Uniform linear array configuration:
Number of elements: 64
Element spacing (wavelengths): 1
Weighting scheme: binomial
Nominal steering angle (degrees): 60
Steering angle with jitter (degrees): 58.728
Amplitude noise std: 0.05
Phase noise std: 0.05

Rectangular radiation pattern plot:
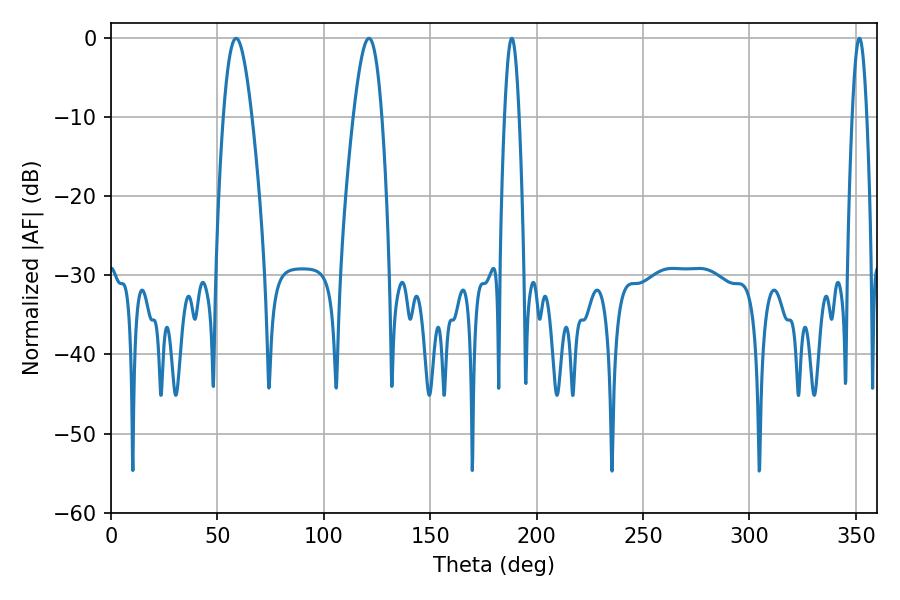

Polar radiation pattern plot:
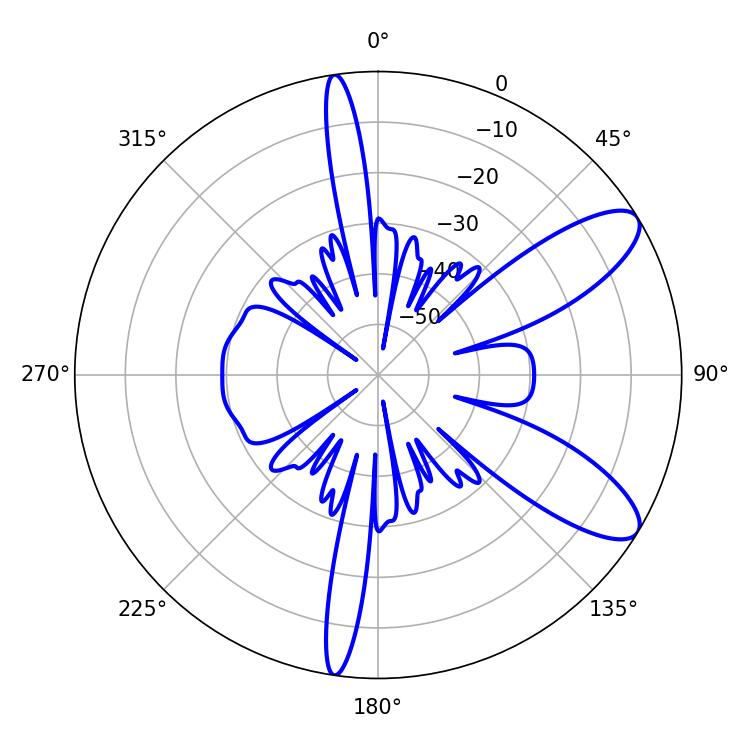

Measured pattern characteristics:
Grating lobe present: TRUE
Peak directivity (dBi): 9.697
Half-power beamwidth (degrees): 7.2
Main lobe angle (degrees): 58.86